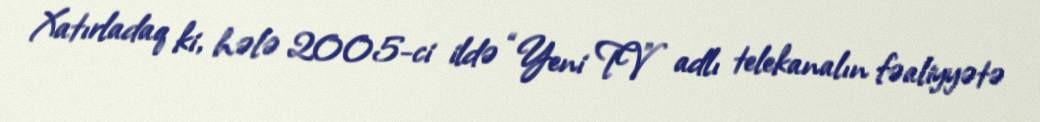
Xatırladaq ki, hələ 2005-ci ildə “Yeni TV” adlı telekanalın fəaliyyətə